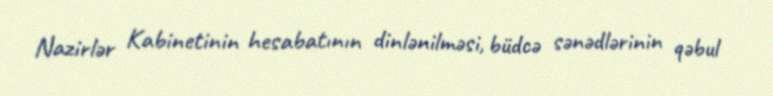
Nazirlər Kabinetinin hesabatının dinlənilməsi, büdcə sənədlərinin qəbul